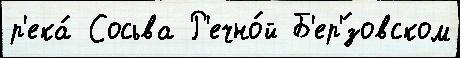
р'ека́ Сосьва Р'ечно́й Б'ер'́зовском